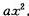
a x ^ { 2 }$$.